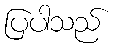
ပြပါသည်